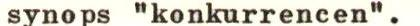
synops "konkurrencen".